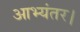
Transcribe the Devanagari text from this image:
आभ्यंतर।